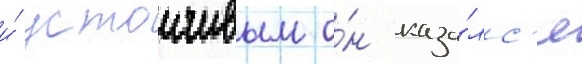
и́ устоичивым о́н каза́лс'я